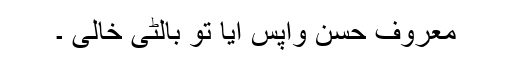
معروف حسن واپس آیا تو بالٹی خالی ۔